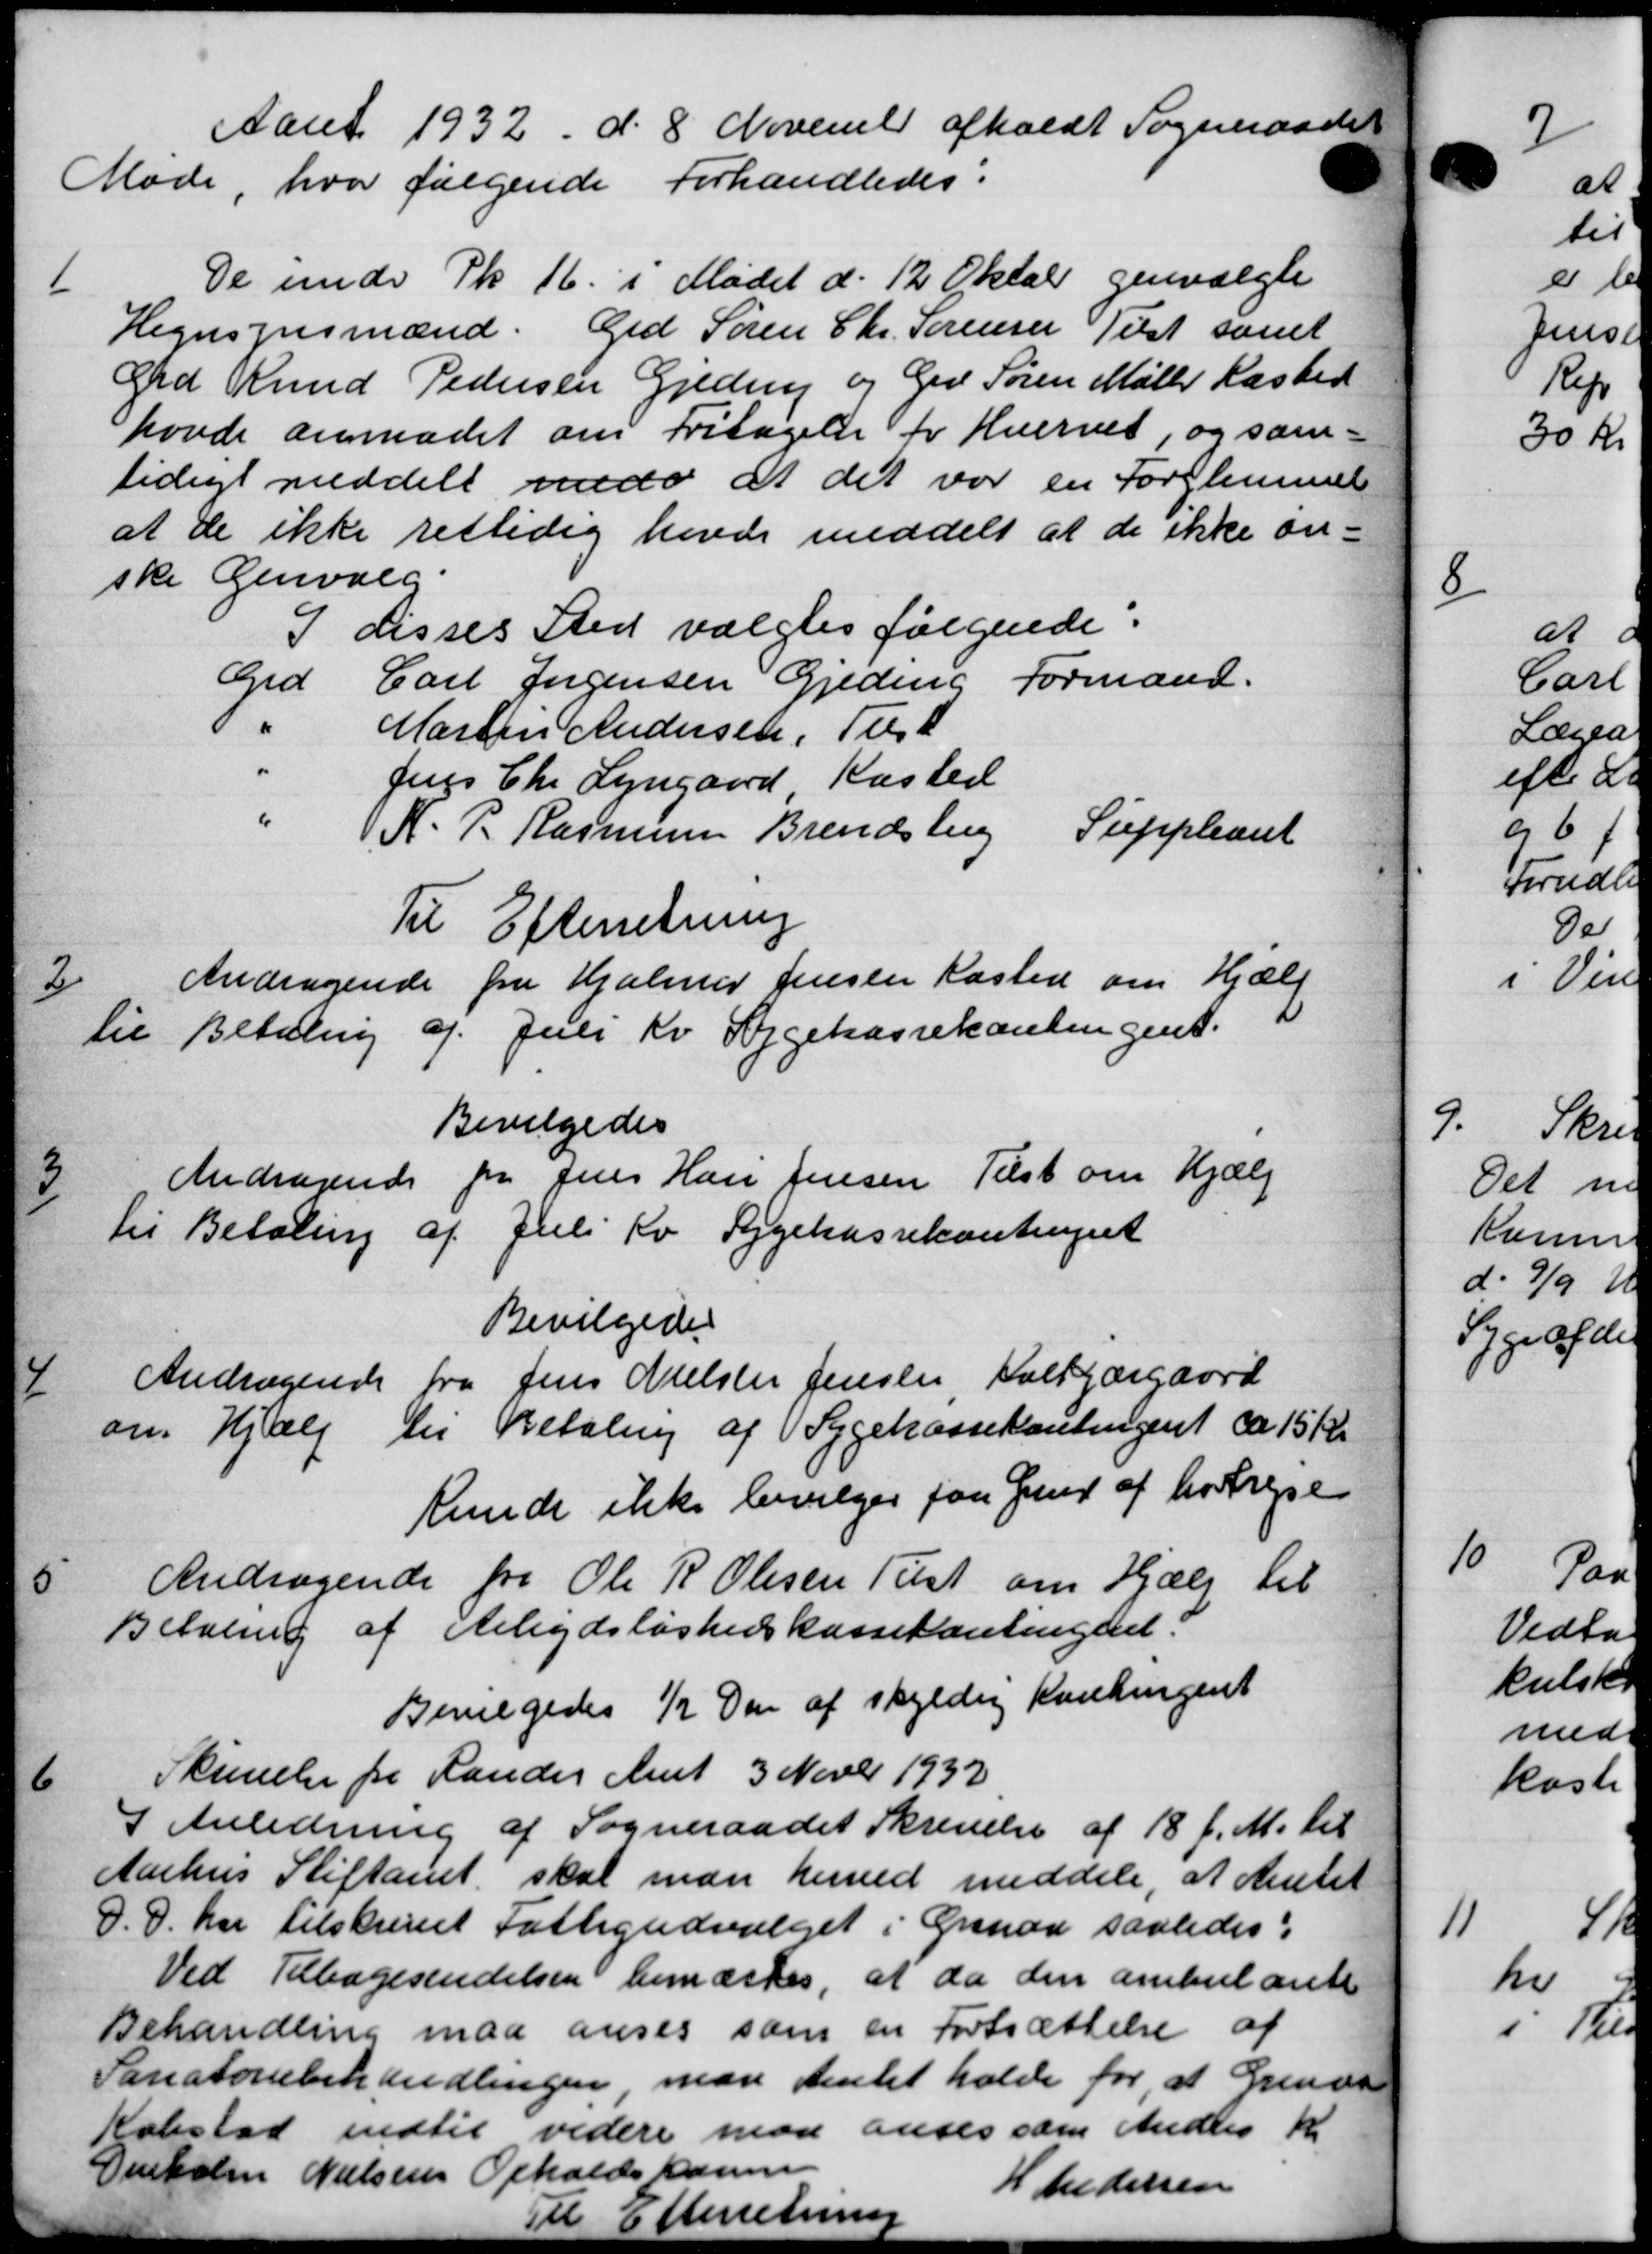
Transskription:
Aaret 1932 d. 8' November afholdt Sogne
Møde, hvor følgende Forhandledes:

De under Pk. 16. i Mødet d. 12 Oktob genvalgte
Hegnsynsmænd. Grd Søren Chr. Sørensen Tilst samt
Grd Knud Pedersen Gjeding og Grd Søren Møller Rasted
hovde anmodet om Fritagelse for Hvervet, og sam-
tidigt meddelt med at det var en Forglemmel
at de ikke rettidig havde meddelt at de ikke øn-
ske Genvalg.
3 disses Sted valgtes følgende.
Grd Carl Jørgensen Gjeding Formand.
Marts Andersen, Tilst
Jens Chr. Lyngaard Kasted
K. P. Rasmussen Brendsberg Suppleant
Til Efterretning

Andragende fra Hjalmer Jensen Kasten om Hjælp
til Betaling af Juli Kv Sygekassekontingent.
Bevilgedes

Andragende for Jens Han Jensen Tilst om Hjælp
til Betaling af Juli Kv. Sygekassekontingent
Bevilgedes

Andragende fra Jens Nielsen Jensen Halkjærgaard
om Hjælp til Betaling af Sygekassekontingent ca. 15 Kr.
Kunde ikke bevilges paa Grund af hortrejse

Andragende fra Ole R Olesen Tilst om Hjælp til
Betaling af Arbejdsløshedskassekontingent.
Bevilgedes ½ Den af skyldig Kontingent

Skrivelse fra Rander Amt 3 Novbr 1932
I Anledning af Sogneraadet Skrivelse af 18 f. M. til
Aarhus Stiftamt skal man herved meddele, at Amtet
D. D. har tilskrevet Fattigudvalget i Grenaa saaledes:
Ved Tilbagesendelsen bemærkes, at da den ambulante
Behandling maa anses som en Fortsættelse af
Sanatoriebehandlingen man Amtet holde for, at Grende
Købstad indtil videre man anses som Anders
Genholm Nielsens Opholdskonen

Til Efterretning